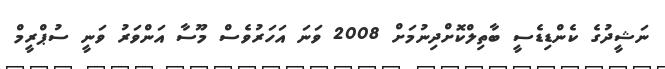
ނަޝީދުގެ ކެންޑިޑެސީ ބާތިލްކޮށްދިނުމަށް 2008 ވަނަ އަހަރުވެސް މޫސާ އަންވަރު ވަނީ ސުޕްރީމް